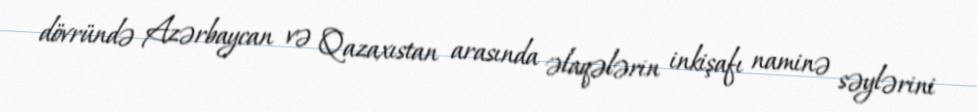
dövründə Azərbaycan və Qazaxıstan arasında əlaqələrin inkişafı naminə səylərini